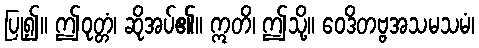
ပြု၍။ ဤဝုတ္တံ၊ ဆိုအပ်၏။ ဣတိ၊ ဤသို့။ ဝေဒိတဗ္ဗအသမသမံ၊